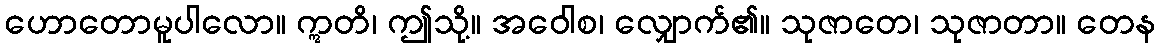
ဟောတောမူပါလော။ ဣတိ၊ ဤသို့။ အဝေါစ၊ လျှောက်၏။ သုဇာတေ၊ သုဇာတာ။ တေန